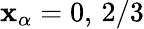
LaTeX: \mathbf{x}_{\alpha}=0,\, 2/3